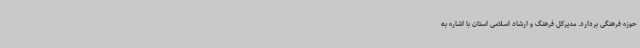
حوزه فرهنگی بردارد. مدیرکل فرهنگ و ارشاد اسلامی استان با اشاره به